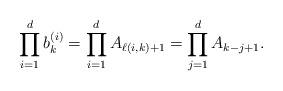
LaTeX: \begin{align*}\prod_{i = 1}^d b_k^{(i)} = \prod_{i = 1}^d A_{\ell(i,k) + 1} = \prod_{j = 1}^d A_{k - j + 1}.\end{align*}